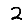
Digit: 2